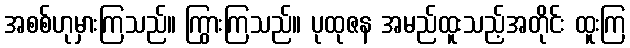
အစစ်ဟုမှားကြသည်။ ကြွားကြသည်။ ပုထုဇန အမည်ထူးသည့်အတိုင်း ထူးကြ